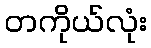
တကိုယ်လုံး